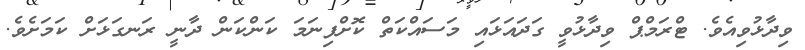
ވިދާޅުވިއެވެ. ޓްރަމްޕް ވިދާޅުވީ ގަދައަޅައި މަސައްކަތް ކޮށްފިނަމަ ކަންކަން ދާނީ ރަނގަޅަށް ކަމަށެވެ.